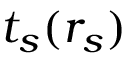
t _ { s } ( r _ { s } )